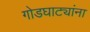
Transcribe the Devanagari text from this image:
गोडघाट्यांना